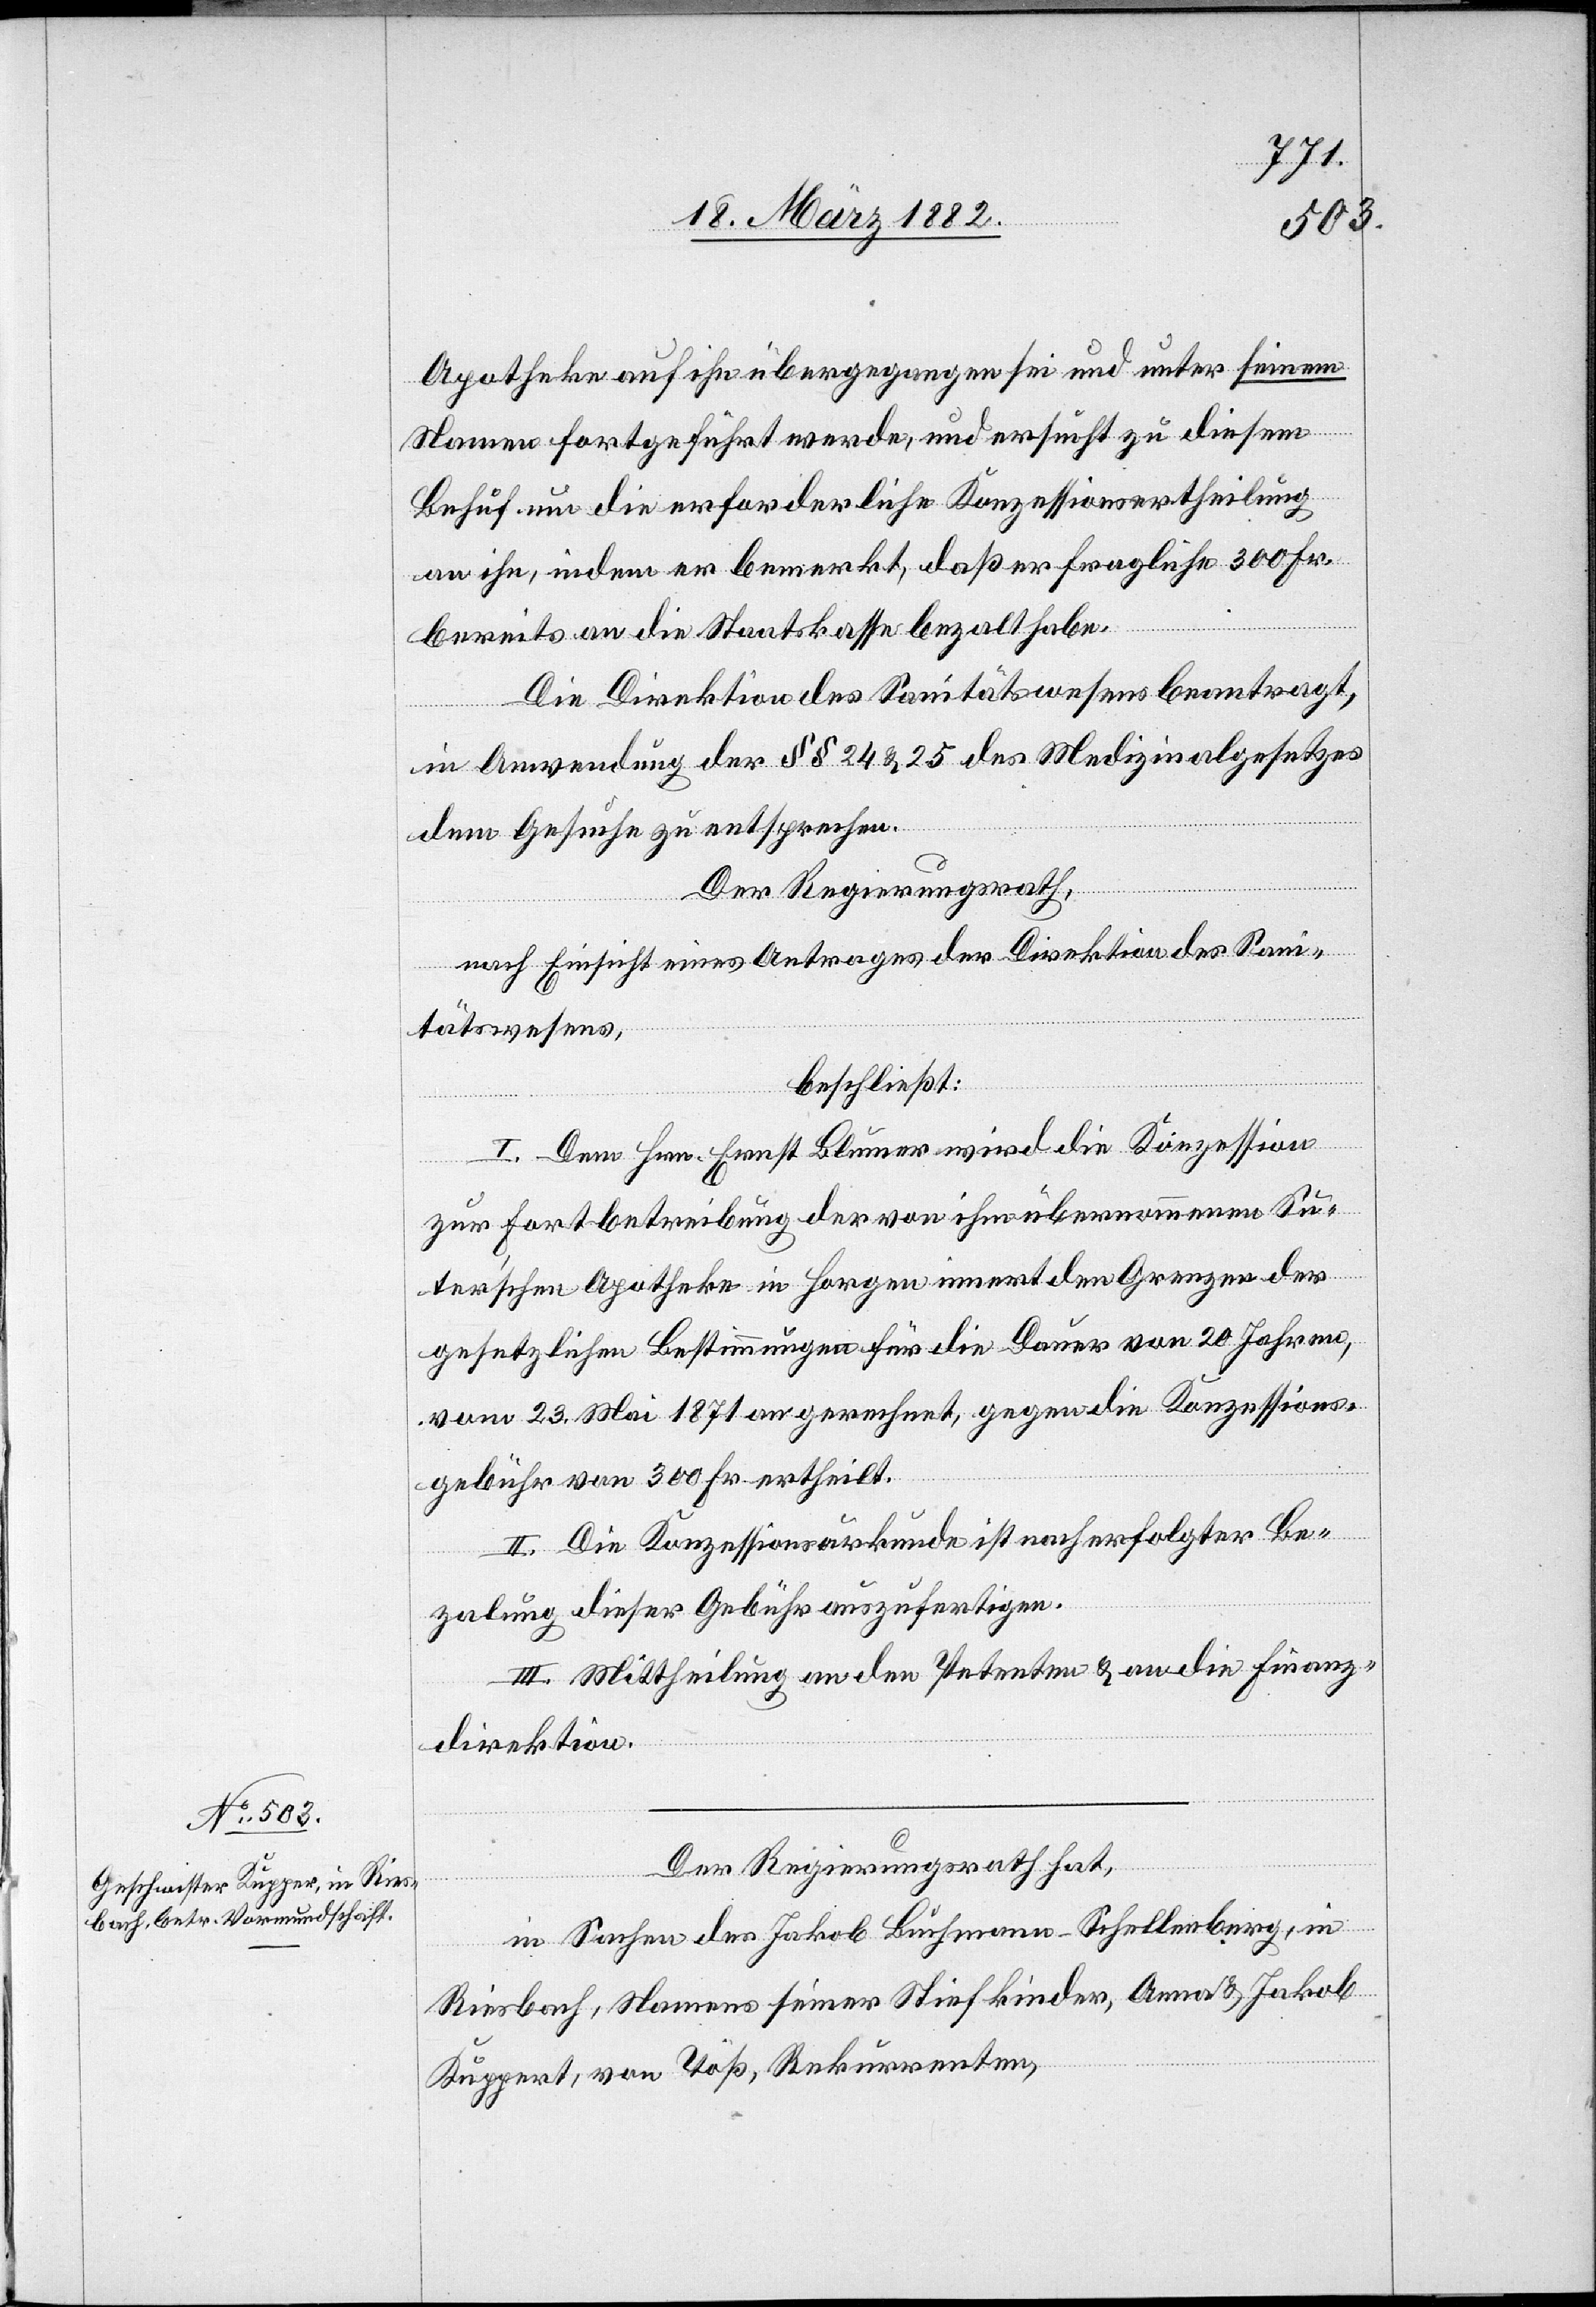
Apotheke auf ihn übergegangen sei und unter seinem
Namen fortgeführt werde, und ersucht zu diesem
Behuf um die erforderliche Konzessionsertheilung
an ihn, indem er bemerkt, daß er fragliche 300 Fr.
bereits an die Staatskasse bezahlt habe.
Die Direktion des Sanitätswesens beantragt,
in Anwendung der §§ 24 & 25 des Medizinalgesetzes
dem Gesuche zu entsprechen.
Der Regierungsrath,
nach Einsicht eines Antrages der Direktion des Sani¬
tätswesens,
beschließt:
I. Dem Hrn. Ernst Blumer wird die Konzession
zur Fortbetreibung der von ihm übernommenen Su¬
ter’schen Apotheke in Horgen innert den Grenzen der
gesetzlichen Bestimmungen für die Dauer von 20 Jahren,
vom 23. Mai 1871 an gerechnet, gegen die Konzessions¬
gebühr von 300 Fr. ertheilt.
II. Die Konzessionsurkunde ist nach erfolgter Be¬
zahlung dieser Gebühr auszufertigen.
III. Mittheilung an den Petenten & an die Finanz¬
direktion.
Der Regierungsrath hat,
in Sachen des Jakob Buchmann-Schellenberg, in
Riesbach, Namens seiner Stiefkinder, Anna & Jakob
Kuppert [sic!], von Töß, Rekurrenten,